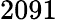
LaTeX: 2091